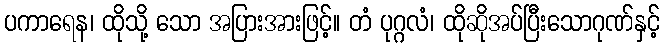
ပကာရေန၊ ထိုသို့ သော အပြားအားဖြင့်။ တံ ပုဂ္ဂလံ၊ ထိုဆိုအပ်ပြီးသောဂုဏ်နှင့်